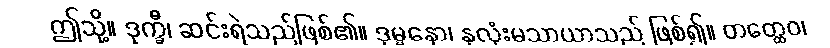
ဤသို့။ ဒုက္ခီ၊ ဆင်းရဲသည်ဖြစ်၏။ ဒုမ္မနော၊ နှလုံးမသာယာသည် ဖြစ်၍။ တတ္ထေဝ၊